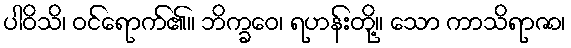
ပါဝိသိ၊ ဝင်ရောက်၏။ ဘိက္ခဝေ၊ ရဟန်းတို့။ သော ကာသိရာဇာ၊